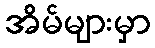
အိမ်များမှာ